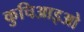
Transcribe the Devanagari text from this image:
कुचिआइओ